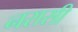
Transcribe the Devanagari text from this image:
नरासी